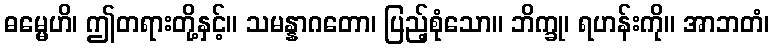
ဓမ္မေဟိ၊ ဤတရားတို့နှင့်။ သမန္နာဂတော၊ ပြည့်စုံသော။ ဘိက္ခု၊ ရဟန်းကို။ အာဘတံ၊